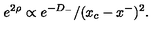
\: e ^ { 2 \rho } \propto e ^ { - D _ { - } } / ( x _ { c } - x ^ { - } ) ^ { 2 } . \: